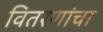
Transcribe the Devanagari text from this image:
वितरणांचा